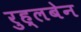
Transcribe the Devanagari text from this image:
रुह्लबेन